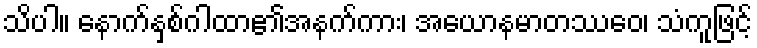
သိပါ။ နောက်နှစ်ဂါထာ၏အနက်ကား၊ အယောနမာတဿေဝ၊ သံကူဖြင့်